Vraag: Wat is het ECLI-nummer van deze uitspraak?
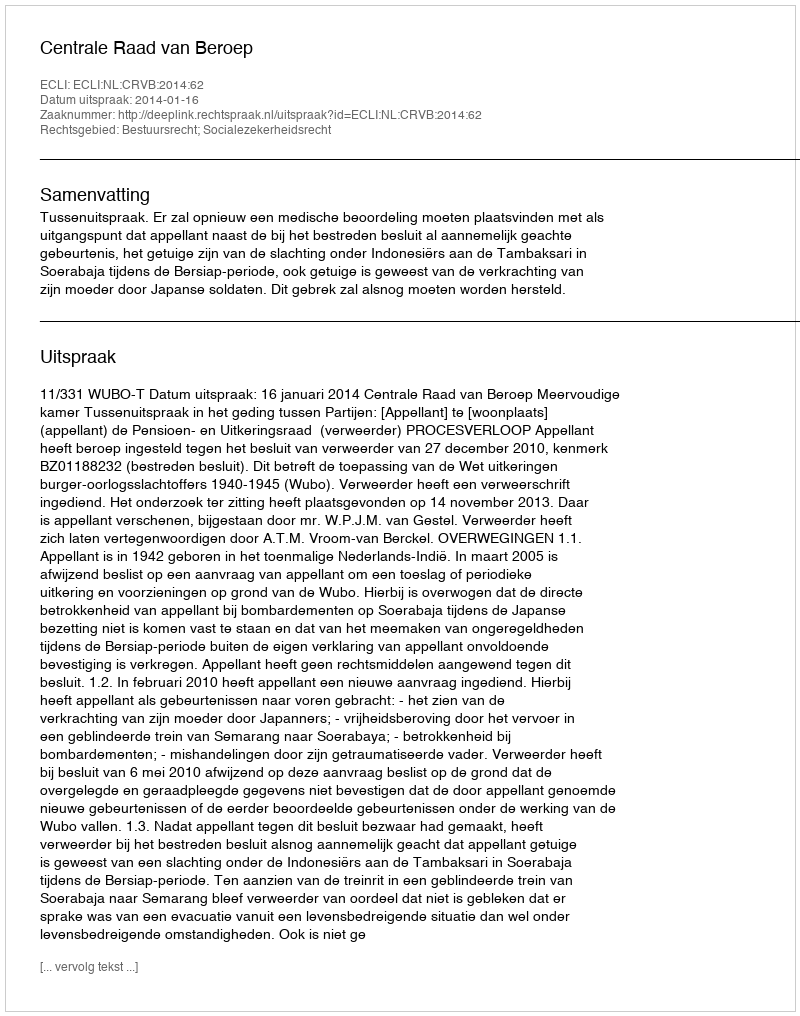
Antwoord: ECLI:NL:CRVB:2014:62